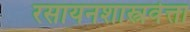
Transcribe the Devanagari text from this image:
रसायनशास्त्रवेत्ता